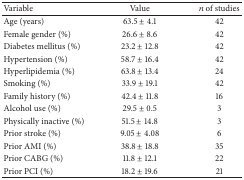
| Variable | Value | n of studies |
 | --- | --- | --- |
 | Age (years) | 63.5 ± 4.1 | 42 |
 | Female gender (%) | 26.6 ± 8.6 | 42 |
 | Diabetes mellitus (%) | 23.2 ± 12.8 | 42 |
 | Hypertension (%) | 58.7 ± 16.4 | 42 |
 | Hyperlipidemia (%) | 63.8 ± 13.4 | 24 |
 | Smoking (%) | 33.9 ± 19.1 | 42 |
 | Family history (%) | 42.4 ± 11.8 | 16 |
 | Alcohol use (%) | 29.5 ± 0.5 | 3 |
 | Physically inactive (%) | 51.5 ± 14.8 | 3 |
 | Prior stroke (%) | 9.05 ± 4.08 | 6 |
 | Prior AMI (%) | 38.8 ± 18.8 | 35 |
 | Prior CABG (%) | 11.8 ± 12.1 | 22 |
 | Prior PCI (%) | 18.2 ± 19.6 | 21 |